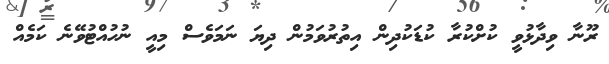
ރޫނާ ވިދާޅުވީ ކުށްކުރާ ކުޑަކުދިން އިތުރުވަމުން ދިޔަ ނަމަވެސް މިއީ ނުހުއްޓުވޭނެ ކަމެއް